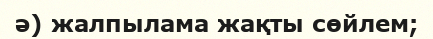
ә) жалпылама жақты сөйлем;